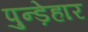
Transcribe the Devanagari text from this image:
पुन्ड़ेहार